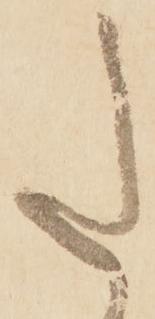
た